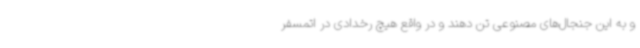
و به این جنجال‌های مصنوعی تن دهند و در واقع هیچ رخدادی در اتمسفر